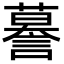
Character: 謩